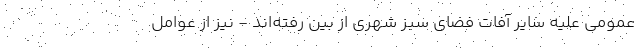
عمومی علیه سایر آفات فضای سبز شهری از بین رفته‌اند - نیز از عوامل